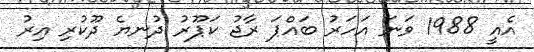
އެއީ 1988 ވަނަ އަހަރު ބައްޕަ ރާޖު ކަޕޫރު ދުނޔެ ދޫކުރި އިރު